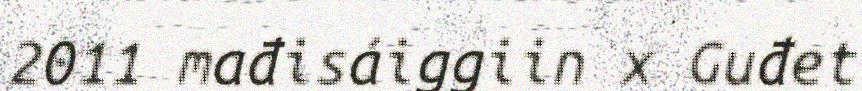
2011 mađisáiggiin x Guđet